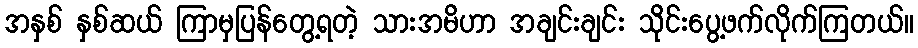
အနှစ် နှစ်ဆယ် ကြာမှပြန်တွေ့ရတဲ့ သားအမိဟာ အချင်းချင်း သိုင်းပွေ့ဖက်လိုက်ကြတယ်။